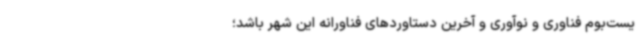
یست‌بوم فناوری و نوآوری و آخرین دستاوردهای فناورانه این شهر باشد؛